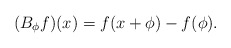
\begin{align*}(B_\phi f)(x) = f(x+\phi) - f(\phi).\end{align*}